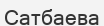
Сатбаева